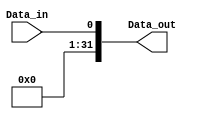
module zero_extender_1 (
    input wire Data_in,
    output wire [31:0] Data_out
);

    assign Data_out = {31'b0, Data_in};

endmodule